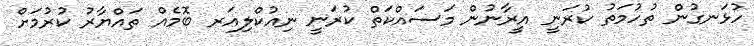
ހުޅަނގުން ތުހުމަތު ކުރަނީ އީރާނުން މަސައްކަތް ކުރަނީ ނިއުކްލިއަރ ބޮމެއް ތައްޔާރު ކުރުމަށް